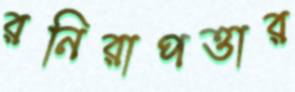
রনিরাপত্তার